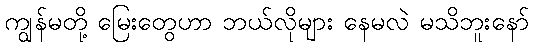
ကျွန်မတို့ မြေးတွေဟာ ဘယ်လိုများ နေမလဲ မသိဘူးနော်